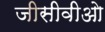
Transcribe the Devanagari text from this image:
जीसीवीओ